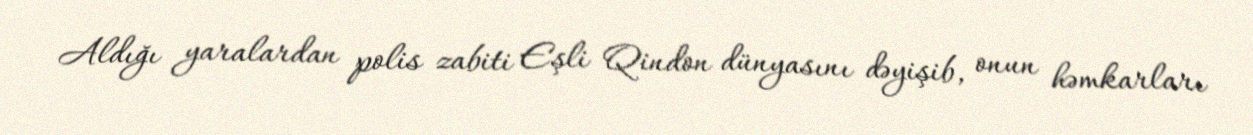
Aldığı yaralardan polis zabiti Eşli Qindon dünyasını dəyişib, onun həmkarları